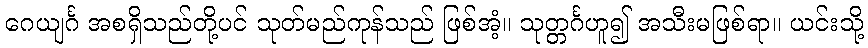
ဂေယျင်္ဂ အစရှိသည်တို့ပင် သုတ်မည်ကုန်သည် ဖြစ်အံ့။ သုတ္တင်္ဂဟူ၍ အသီးမဖြစ်ရာ။ ယင်းသို့